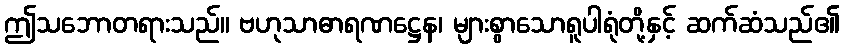
ဤသဘောတရားသည်။ ဗဟုသာဓာရဏဋ္ဌေန၊ များစွာသောရူပါရုံတို့နှင့် ဆက်ဆံသည်၏